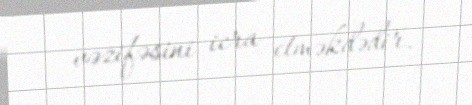
vəzifəsini icra etməkdədir.